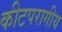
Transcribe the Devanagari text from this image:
कीटपरागीय